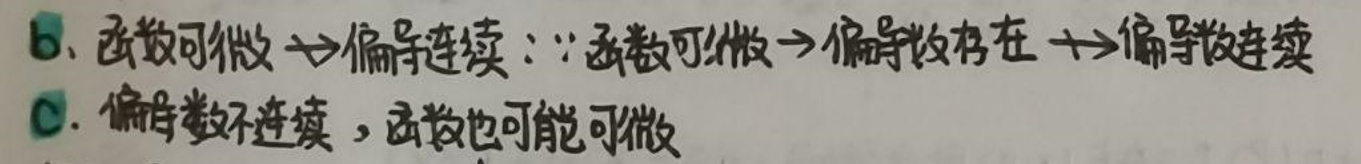
b.
函数可微 $\Rightarrow$ 偏导连续：“函数可微 $\Rightarrow$ 偏导数存在 $\Rightarrow$ 偏导连续

c.
偏导数不连续，函数也可能可微